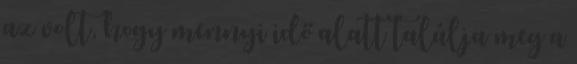
az volt, hogy mennyi idő alatt találja meg a